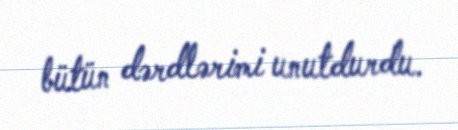
bütün dərdlərimi unutdurdu.